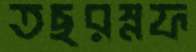
তছরম্নফ